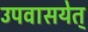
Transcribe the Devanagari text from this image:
उपवासयेत्